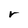
Character: r